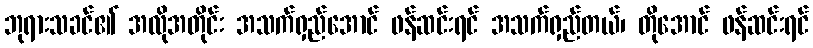
ဘုရားသခင်၏ အလိုအတိုင်း အသက်ရှည်အောင် ဖန်ဆင်းရင် အသက်ရှည်တယ်၊ တိုအောင် ဖန်ဆင်းရင်